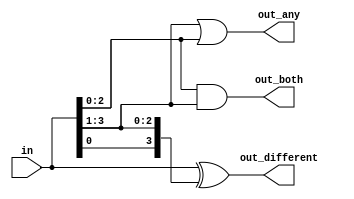
module top_module( 
    input [3:0] in,
    output [2:0] out_both,
    output [3:1] out_any,
    output [3:0] out_different );

   /* wire [4:0] in_modified = {in[0], in};
    always @ (*)
        begin
            for(int i = 0; i<3; i++)
                out_both[i] = (in[i] == in[i+1] == 1) ? 1'b1 : 1'b0;
            for(int j = 3; j>0; j--)
                out_any[j] = (in[j] == in[j-1] == 1) ? 1'b1 : 1'b0;
            for(int k = 0; k<4; k++)
                out_different[k] = (in_modified[k] == in_modified[k+1] == 1) ? 1'b1 : 1'b0;
        end
    assign out_both[2] = ((in[3] & in[2]) == 1)? 1'b1 : 1'b0;
    assign out_both[1] = ((in[2] & in[1]) == 1)? 1'b1 : 1'b0;
    assign out_both[0] = ((in[1] & in[0]) == 1)? 1'b1 : 1'b0; */
    
    // This question is just awesome
    assign out_both      = in[2:0] & in[3:1];//here bits of input vector is shifted right 
    									//and bitwise and is performed to obtain the required output
    assign out_any       = in[3:1] | in[2:0];
    assign out_different = in ^ {in[0],in[3:1]};
    
endmodule